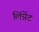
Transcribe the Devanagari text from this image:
लिंग्नेंट